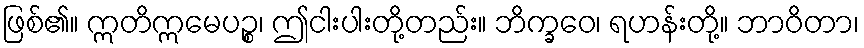
ဖြစ်၏။ ဣတိဣမေပဉ္စ၊ ဤငါးပါးတို့တည်း။ ဘိက္ခဝေ၊ ရဟန်းတို့။ ဘာဝိတာ၊